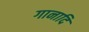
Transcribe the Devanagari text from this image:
गानादि